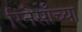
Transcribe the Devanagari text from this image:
रिनैसाँच्या